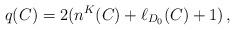
LaTeX: \begin{align*}q(C)=2(n^{K}(C)+\ell_{D_0}(C)+1)\,,\end{align*}